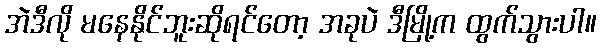
အဲဒီလို မနေနိုင်ဘူးဆိုရင်တော့ အခုပဲ ဒီမြို့က ထွက်သွားပါ။